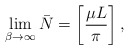
\begin{align*}\lim _{\beta \rightarrow \infty} \bar{N}=\left[ {{\mu L}\over{\pi }} \right] ,\end{align*}